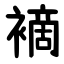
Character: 䙗